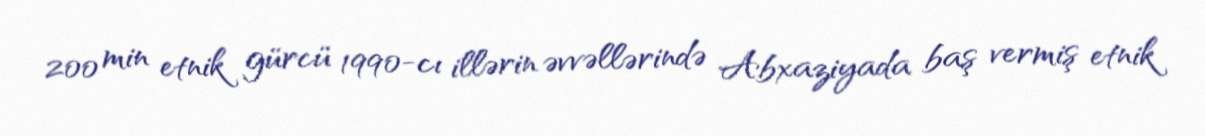
200 min etnik gürcü 1990-cı illərin əvvəllərində Abxaziyada baş vermiş etnik